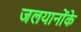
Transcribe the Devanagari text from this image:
जलयानोंके